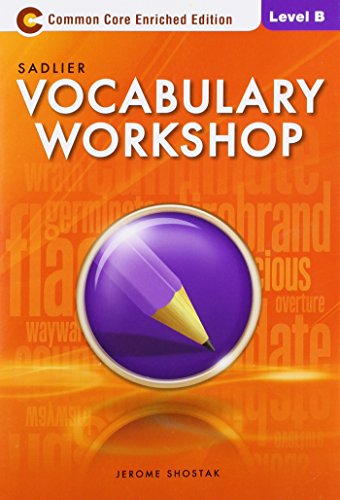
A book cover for Vocabulary Workshop Level B; Shostak; Reference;